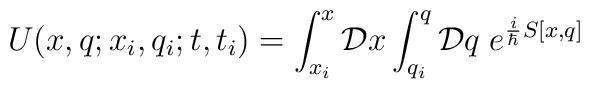
U(x,q;x_i,q_i;t,t_i) = \int_{x_i}^x {\cal D}x \int_{q_i}^q {\cal D}q\; e^{{i\over\hbar}S[x,q]}